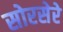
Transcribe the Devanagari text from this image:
सोरसेरे